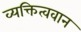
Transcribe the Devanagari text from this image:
व्यक्तित्ववान